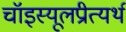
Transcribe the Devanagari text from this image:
चॉइस्यूलप्रीत्यर्थ